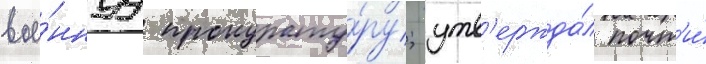
вое́ннуу прокурату́ру; утв'ержда́л почт'и́